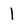
Character: 1